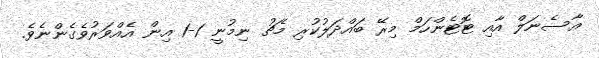
އާސެނަލް އާއި ޓޮޓެންހަމް މިރޭ ބައްދަލުކުރި މެޗު ނިމުނީ 1-1 އިން އެއްވަރުވެގެންނެވެ.